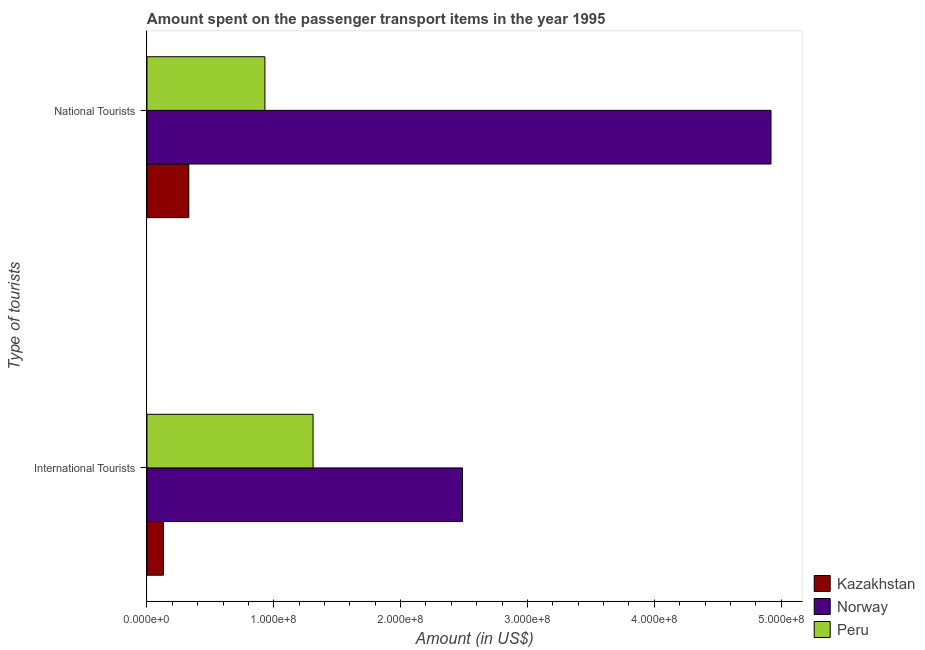
| Type of tourists | Kazakhstan | Norway | Peru |
 | --- | --- | --- | --- |
 | International Tourists | 1.3e+07 | 2.49e+08 | 1.31e+08 |
 | National Tourists | 3.3e+07 | 4.92e+08 | 9.3e+07 |